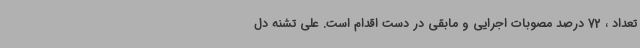
تعداد ، 72 درصد مصوبات اجرایی و مابقی در دست اقدام است. علی تشنه دل